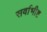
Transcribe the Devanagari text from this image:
सर्वाभीष्ट